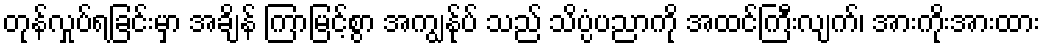
တုန်လှုပ်ရခြင်းမှာ အချိန် ကြာမြင့်စွာ အကျွန်ုပ် သည် သိပ္ပံပညာကို အထင်ကြီးလျက်၊ အားကိုးအားထား